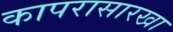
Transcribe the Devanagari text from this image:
कापरासारखा